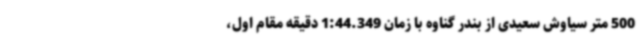
500 متر سیاوش سعیدی از بندر گناوه با زمان 1:44.349 دقیقه مقام اول،